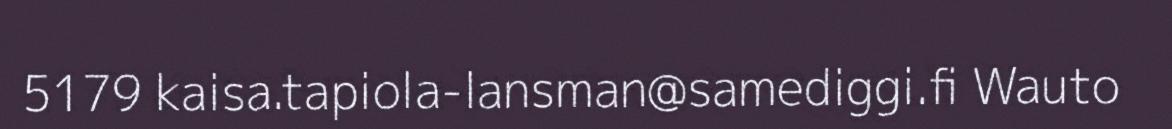
5179 kaisa.tapiola-lansman@samediggi.fi Wauto